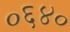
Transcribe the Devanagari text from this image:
०६४०